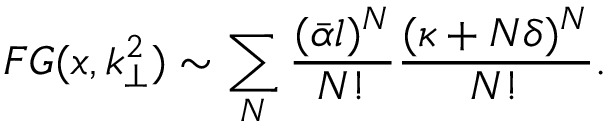
{ \cal F } G ( x , k _ { \perp } ^ { 2 } ) \sim \sum _ { N } \frac { ( \bar { \alpha } l ) ^ { N } } { N ! } \frac { ( \kappa + N \delta ) ^ { N } } { N ! } .